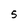
Character: 5